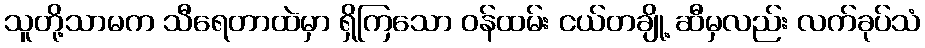
သူတို့သာမက သီရေတာထဲမှာ ရှိကြသော ဝန်ထမ်း ငယ်တချို့ ဆီမှလည်း လက်ခုပ်သံ